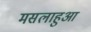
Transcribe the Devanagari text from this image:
मसलाहुआ